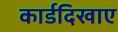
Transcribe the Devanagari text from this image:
कार्डदिखाए